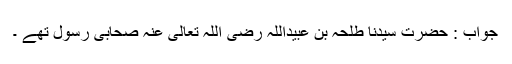
جواب : حضرتِ سَیِّدُنا طلحہ بِن عُبَیْدُاللہ رَضِیَ اللّٰہُ تَعَالٰی عَنْہُ صَحابىٔ رَسول تھے ۔